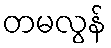
တမလွန်